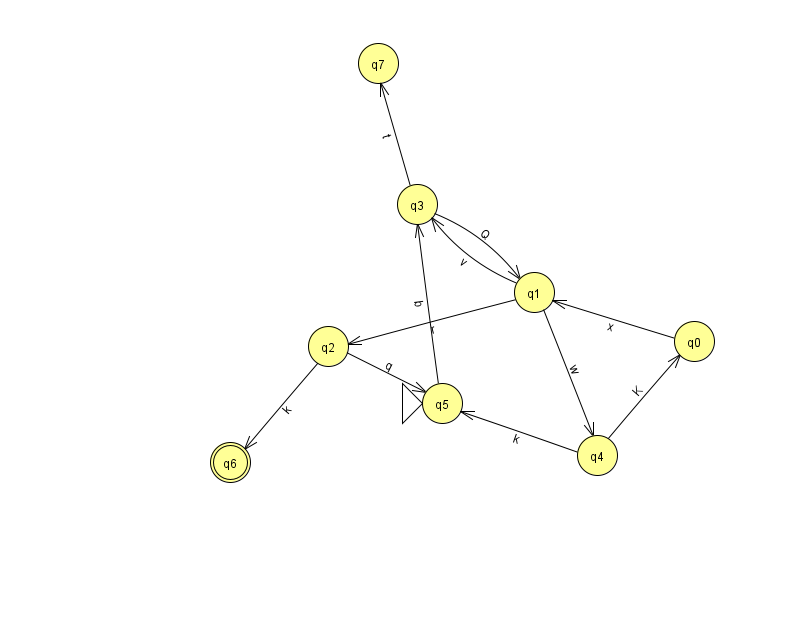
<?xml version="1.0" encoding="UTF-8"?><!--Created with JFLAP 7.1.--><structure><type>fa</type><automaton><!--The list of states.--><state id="0" name="q0"><x>694.0</x><y>328.0</y></state><state id="1" name="q1"><x>534.0</x><y>279.0</y></state><state id="2" name="q2"><x>328.0</x><y>333.0</y></state><state id="3" name="q3"><x>417.0</x><y>191.0</y></state><state id="4" name="q4"><x>597.0</x><y>442.0</y></state><state id="5" name="q5"><x>442.0</x><y>390.0</y><initial/></state><state id="6" name="q6"><x>230.0</x><y>449.0</y><final/></state><state id="7" name="q7"><x>378.0</x><y>50.0</y></state><!--The list of transitions.--><transition><from>0</from><to>1</to><read>x</read></transition><transition><from>2</from><to>5</to><read>q</read></transition><transition><from>2</from><to>6</to><read>k</read></transition><transition><from>3</from><to>1</to><read>Q</read></transition><transition><from>1</from><to>3</to><read>v</read></transition><transition><from>1</from><to>2</to><read>r</read></transition><transition><from>1</from><to>4</to><read>w</read></transition><transition><from>5</from><to>3</to><read>b</read></transition><transition><from>4</from><to>0</to><read>K</read></transition><transition><from>3</from><to>7</to><read>t</read></transition><transition><from>4</from><to>5</to><read>k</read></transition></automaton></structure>